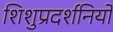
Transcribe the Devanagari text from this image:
शिशुप्रदर्शनियों